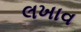
લખાવ